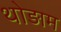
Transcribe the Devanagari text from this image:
थोड़ाम